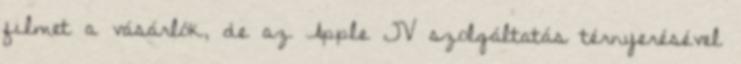
filmet a vásárlók, de az Apple TV szolgáltatás térnyerésével